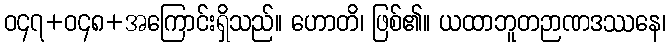
ဝ၄၇+ဝ၄၈+အကြောင်းရှိသည်။ ဟောတိ၊ ဖြစ်၏။ ယထာဘူတဉာဏဒဿနေ၊